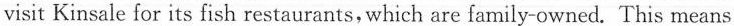
visit Kinsale for its fish restaurants,which are family-owned. This means